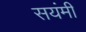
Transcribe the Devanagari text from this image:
सयंमी